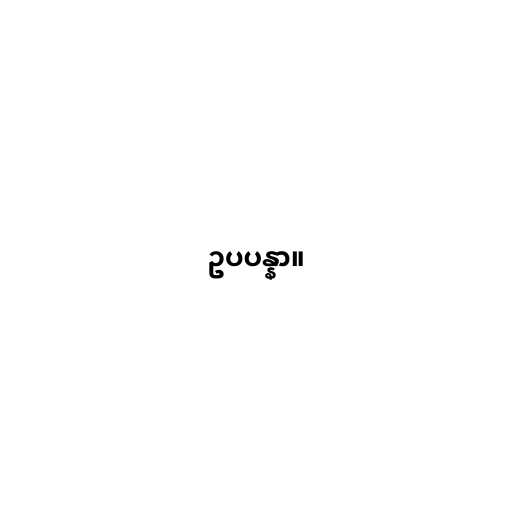
ဥပပန္နာ။